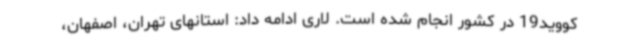
کووید19 در کشور انجام شده است. لاری ادامه داد: استانهای تهران، اصفهان،